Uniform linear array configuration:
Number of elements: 4
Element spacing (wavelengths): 1
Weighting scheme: blackman
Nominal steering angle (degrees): -60
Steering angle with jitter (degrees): -60.661
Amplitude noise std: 0.05
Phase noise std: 0.05

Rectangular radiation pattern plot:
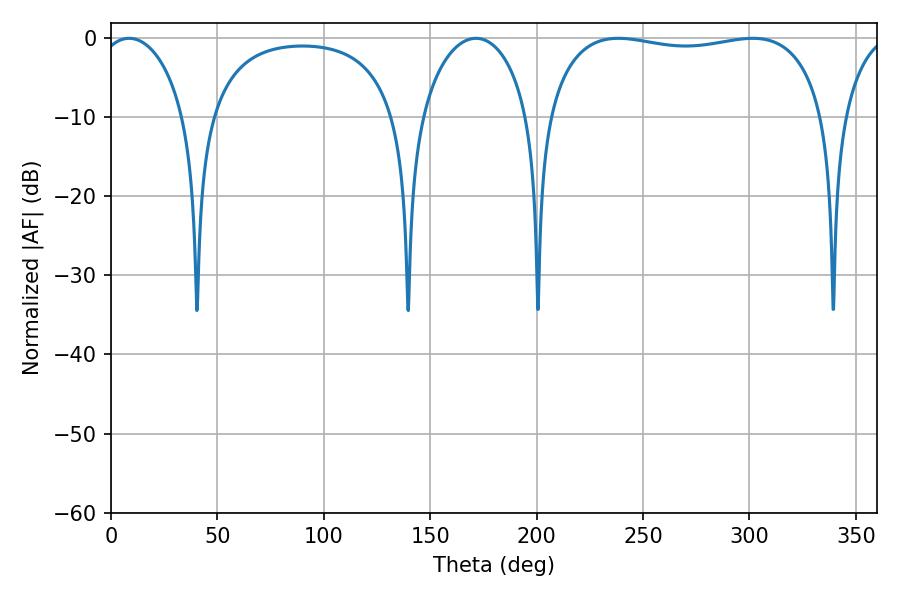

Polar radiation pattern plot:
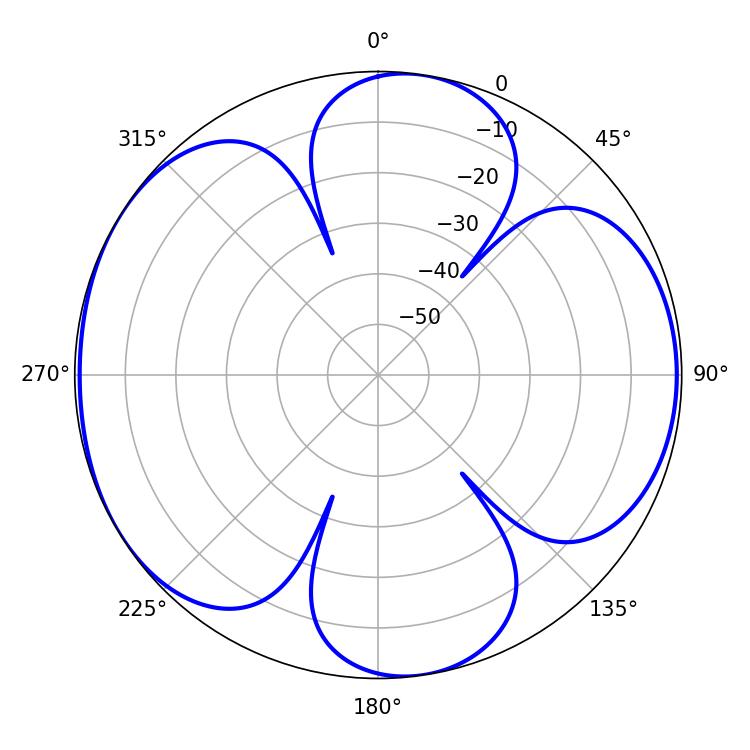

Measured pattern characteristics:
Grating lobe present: TRUE
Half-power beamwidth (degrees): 105.84
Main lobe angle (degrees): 238.5